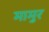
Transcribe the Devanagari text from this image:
मामुर